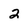
Character: 2